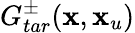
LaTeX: G_{tar}^{\pm}(\textbf{x},\textbf{x}_{u})